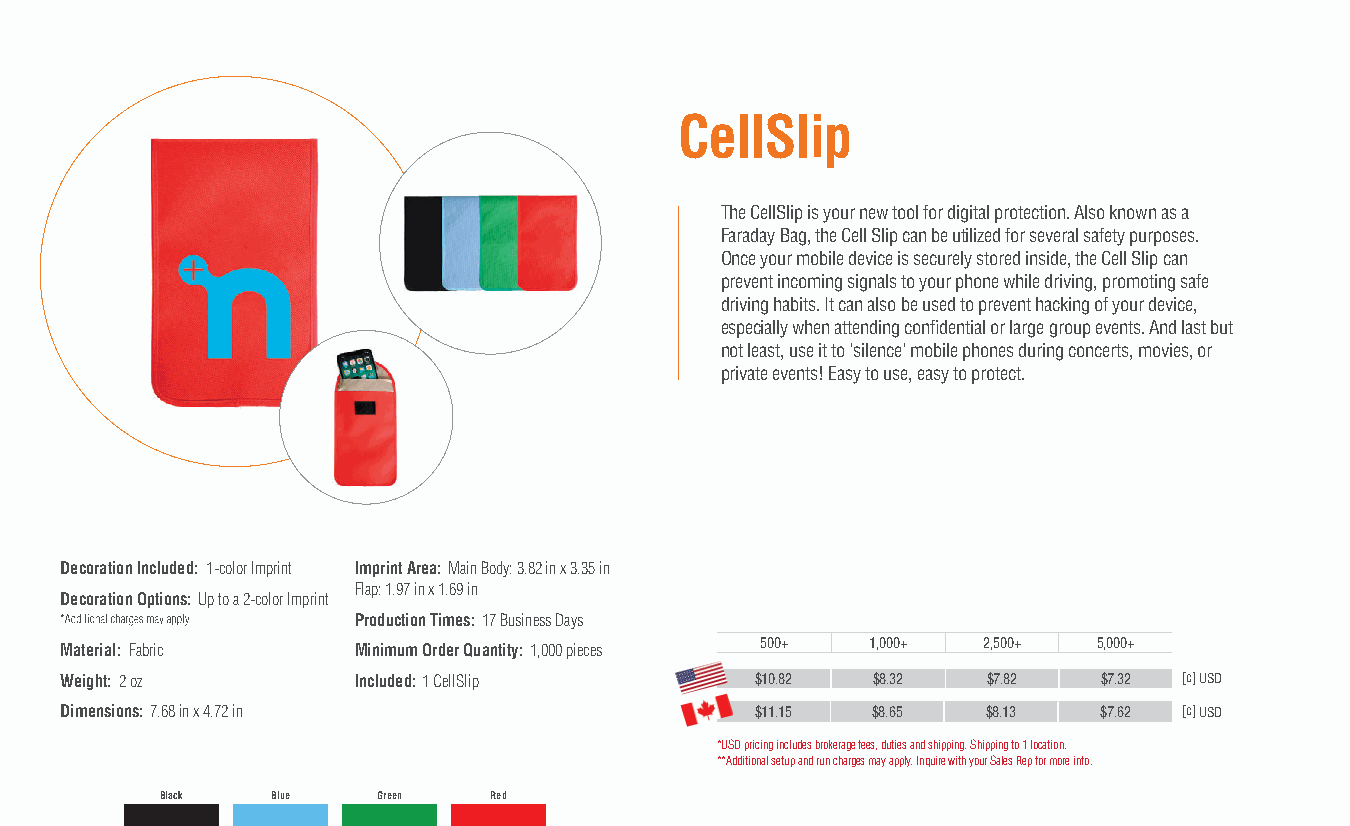
CellSlip
 The CellSlip is your new tool for digital protection. Also known as a
 Faraday Bag, the Cell Slip can be utilized for several safety purposes.
 Once your mobile device is securely stored inside, the Cell Slip can
 prevent incoming signals to your phone while driving, promoting safe
 driving habits. It can also be used to prevent hacking of your device,
 especially when attending confidential or large group events. And last but
 not least, use it to 'silence' mobile phones during concerts, movies, or
 private events! Easy to use, easy to protect.
 Decoration Included: 1-color Imprint Imprint Area: Main Body: 3.82 in x 3.35 in
 Flap: 1.97 in x 1.69 in
 Decoration Options: Up to a 2-color Imprint
 Production Times: 17 Business Days
 500+    1,000+ 2,500+  5,000+
 Material: Fabric   Minimum Order Quantity: 1,000 pieces
 Weight: 2 oz       Included: 1 CellSlip       $10.82  $8.32  $7.82   $7.32 [c] USD
 Dimensions: 7.68 in x 4.72 in                 $11.15  $8.65  $8.13   $7.62 [c] USD
 *USD pricing includes brokerage fees, duties and shipping. Shipping to 1 location.
 **Additional setup and run charges may apply. Inquire with your Sales Rep for more info.
 Black  Blue   Green  Red